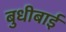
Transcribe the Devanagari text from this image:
बुधीबाई